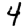
Digit: 4